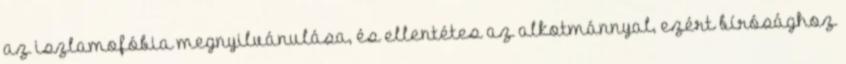
az iszlamofóbia megnyilvánulása, és ellentétes az alkotmánnyal, ezért bírósághoz